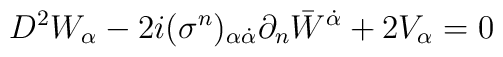
D^{2}W_{\alpha} - 2i(\sigma^{n})_{\alpha \dot{\alpha}}\partial_{n}{\bar W}^{\dot\alpha} + 2V_{\alpha} = 0